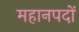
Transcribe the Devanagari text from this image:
महानपदों